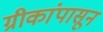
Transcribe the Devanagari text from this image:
ग्रीकांपासून